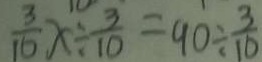
\frac { 3 } { 1 0 } x \div \frac { 3 } { 1 0 } = 9 0 \div \frac { 3 } { 1 0 }